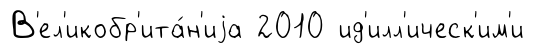
В'ел'икобр'ита́н'иjа 2010 ид'илл'ическ'им'и